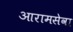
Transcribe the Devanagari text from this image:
आरामसेवा